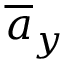
\overline { { a } } _ { y }